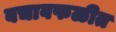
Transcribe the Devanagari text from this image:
बचावफळीत